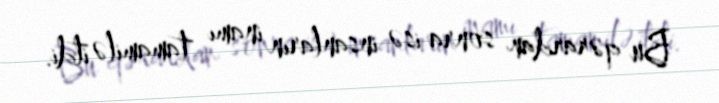
Bu qərardan sonra isə insanların inamı tamamilə itdi.